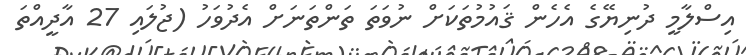
އިސްލާމީ ދުނިޔޭގެ އެހެން ޤައުމުތަކަށް ނުވަތަ ތަންތަނަށް އެދުވަހު (ޖުލައި 27 އާދީއްތަ